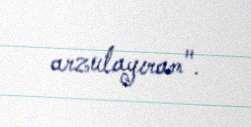
arzulayıram".